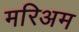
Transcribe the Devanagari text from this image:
मरिअम